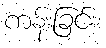
ကန်းခြင်း၊